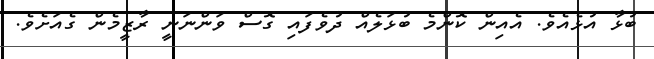
ބުޅާ އުޅެއެވެ. އެއިން ކޮންމެ ބުޅަލެއް ދުވެފައި ގޮސް ވަންނަނީ ރާޒީމެން ގެއަށެވެ.